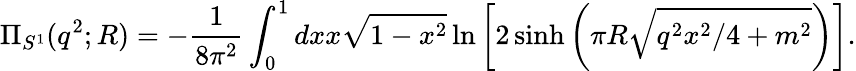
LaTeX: \Pi_{S^{1}}(q^{2};R)=-{\frac{1}{8\pi^{2}}}\int_{0}^{1}dxx\sqrt{1-x^{2}}\ln\left[2\sinh\left(\pi R\sqrt{q^{2}x^{2}/4+m^{2}}\right)\right].